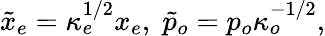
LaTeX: \tilde{x}_{e}=\kappa_{e}^{1/2}x_{e},\; \tilde{p}_{o}=p_{o}\kappa_{o}^{-1/2},